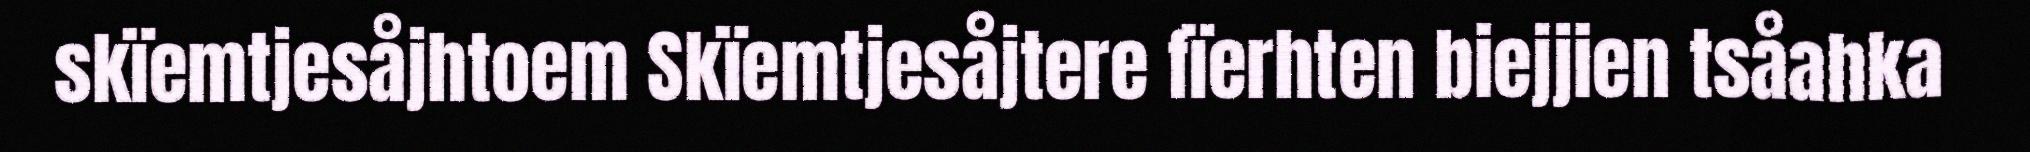
skïemtjesåjhtoem Skïemtjesåjtere fïerhten biejjien tsåahka